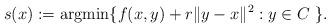
LaTeX: \begin{align*}s(x) := \textnormal{argmin} \{ f(x,y) + r\|y-x\|^2: y\in C\ \}.\end{align*}